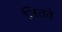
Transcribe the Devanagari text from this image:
जितते